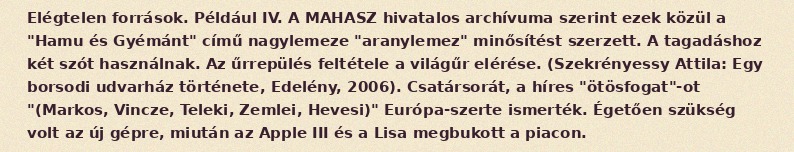
Elégtelen források. Például IV. A MAHASZ hivatalos archívuma szerint ezek közül a "Hamu és Gyémánt" című nagylemeze "aranylemez" minősítést szerzett. A tagadáshoz két szót használnak. Az űrrepülés feltétele a világűr elérése. (Szekrényessy Attila: Egy borsodi udvarház története, Edelény, 2006). Csatársorát, a híres "ötösfogat"-ot "(Markos, Vincze, Teleki, Zemlei, Hevesi)" Európa-szerte ismerték. Égetően szükség volt az új gépre, miután az Apple III és a Lisa megbukott a piacon.